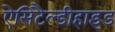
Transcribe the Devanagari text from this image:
ऐसिटैल्डीहाइड